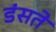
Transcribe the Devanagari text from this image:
डंसते